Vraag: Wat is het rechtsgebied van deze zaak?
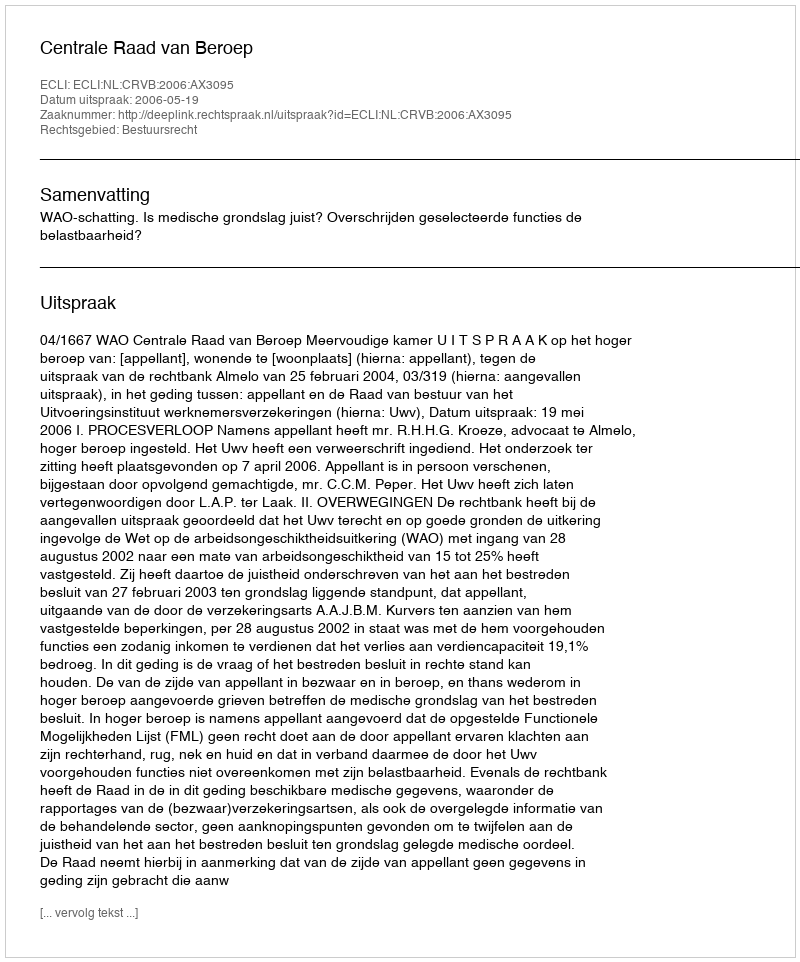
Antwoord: Bestuursrecht